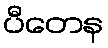
ပီတေန